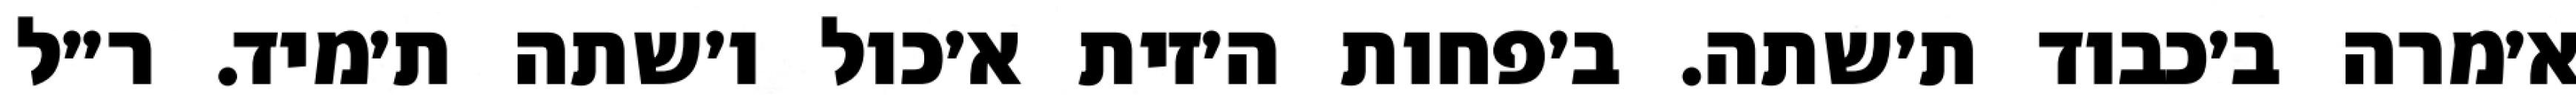
א׳מרה ב׳כבוד ת׳שתה. ב׳פחות ה׳זית א׳כול ו׳שתה ת׳מיד. ר״ל